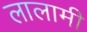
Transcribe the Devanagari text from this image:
लालामी